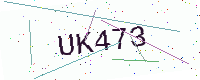
Text: UK473